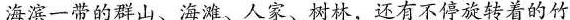
海滨一带的群山、海滩、人家、树林，还有不停旋转着的竹